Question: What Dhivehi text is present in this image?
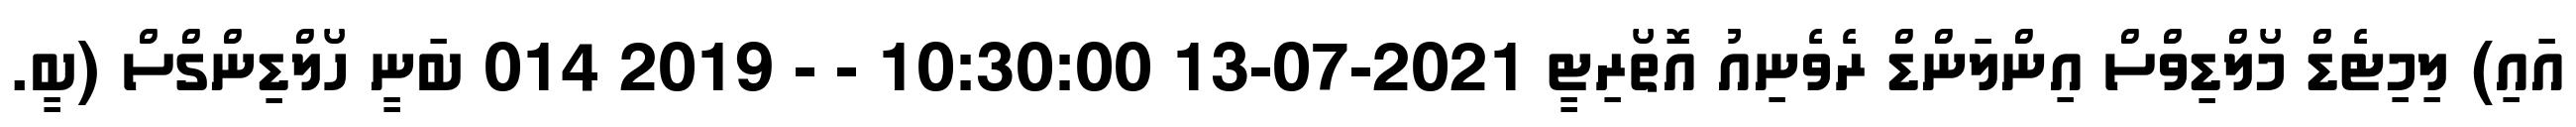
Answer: އައި) ލިމިޓެޑް މޯލްޑިވްސް އިންލަންޑް ރެވެނިއު އޮތޯރިޓީ 2021-07-13 10:30:00 - - 2019 014 ބަނީ ހޯލްޑިންގްސް (ބީ.